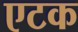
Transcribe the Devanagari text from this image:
एटक